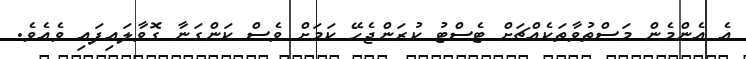
އެ އެންމެން މަސްތުވާތަކެއްޗަށް ޓެސްޓު ކުރަންޖެހޭ ކަމަށް ވެސް ކަންގަނާ ގޮވާލައިފައި ވެއެވެ.